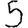
Digit: 5